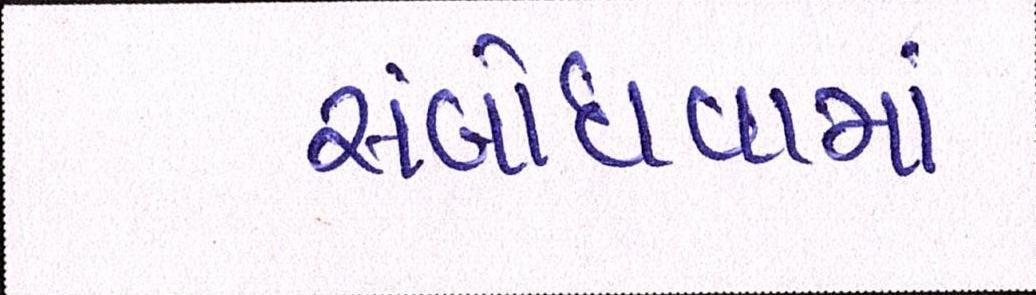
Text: સંબોધવામાં